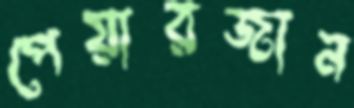
পেয়ারজান